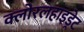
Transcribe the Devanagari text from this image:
क्लोरलहाइड्रेट